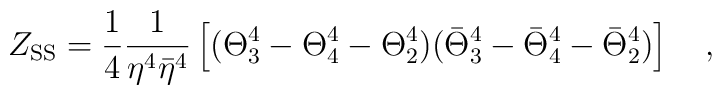
Z_{\rm SS} =     {{1}\over{4}}  {{1}\over{\eta^4{\bar{\eta}}^4}}  \left [ (\Theta_3^4 - \Theta_4^4 - \Theta_2^4)   ({\bar{\Theta}}_3^4 - {\bar{\Theta}}_4^4 - {\bar{\Theta}}_2^4 )\right ] \quad ,